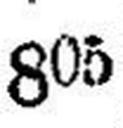
805